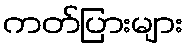
ကတ်ပြားများ